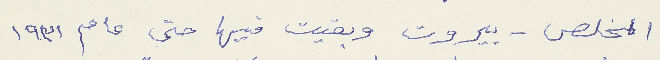
المخلص - بيروت وبقيت فيها حتى عام ١٩٣١